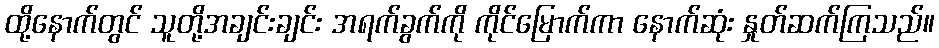
ထို့နောက်တွင် သူတို့အချင်းချင်း အရက်ခွက်ကို ကိုင်မြောက်ကာ နောက်ဆုံး နှုတ်ဆက်ကြသည်။